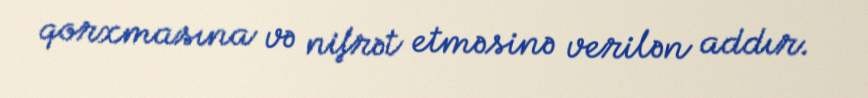
qorxmasına və nifrət etməsinə verilən addır.